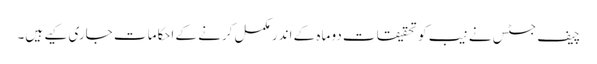
چیف جسٹس نے نیب کو تحقیقات دو ماہ کے اندر مکمل کرنے کے احکامات جاری کیے ہیں۔